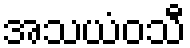
အသယံဝသီ